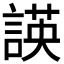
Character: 𮘡